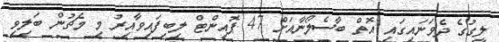
ލީގުގެ ދެވަނައިގައި އޮތް ބާސެލޯނާއަށް 47 ޕޮއިންޓް ލިބިފައިވާއިރު މި މެޗުން ބަލިވި